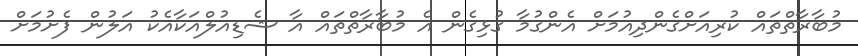
މުބާރާތްތައް ކުރިއަށްގެންދިއުމަށް އެންގުމާ ގުޅިގެން އެ މުބާރާތްތައް އާ ޝެޑިއުލްއަކާއެކު އަލުން ފެށުމަށް